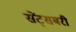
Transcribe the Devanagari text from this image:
सेंट्सबरी